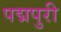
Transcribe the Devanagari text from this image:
पद्मपुरी